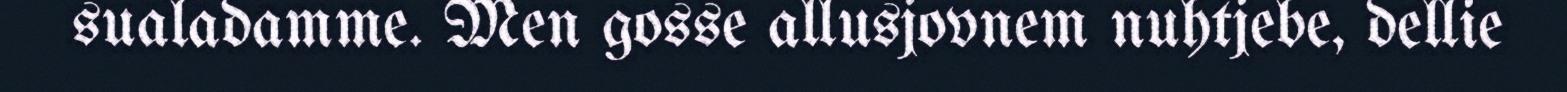
sualadamme. Men gosse allusjovnem nuhtjebe, dellie